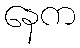
နေက